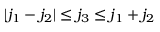
{ | j _ { 1 } - j _ { 2 } | \le j _ { 3 } \le j _ { 1 } + j _ { 2 } }